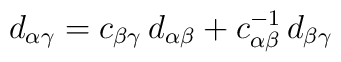
d_{\alpha\gamma}=c_{\beta\gamma}\, d_{\alpha\beta} +c^{-1}_{\alpha\beta}\, d_{\beta\gamma}